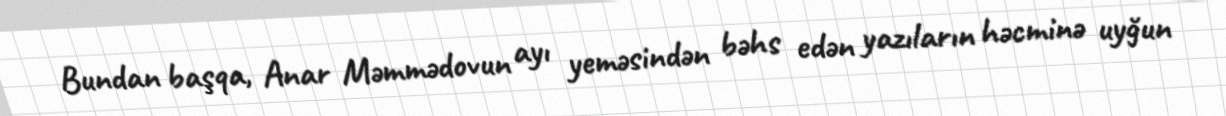
Bundan başqa, Anar Məmmədovun ayı yeməsindən bəhs edən yazıların həcminə uyğun